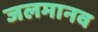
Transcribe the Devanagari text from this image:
जलमानव